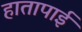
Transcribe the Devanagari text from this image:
हातापाई